Mental hospitals Bombay report 1929-33 - 1929-1933
Year: 1929
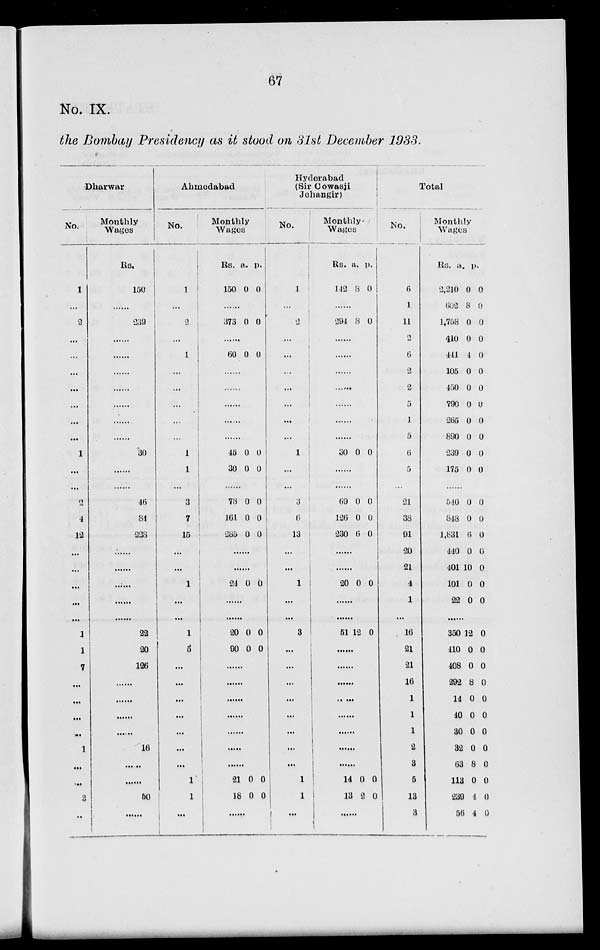
67
No. IX.
the Bombay Presidency as it stood on 31st December 1933.
Dharwar
No.
1
...
2
...
...
...
...
...
...
...
1
...
...
2
4
12
...
...
...
...
...
1
1
7
...
...
...
...
1
...
...
3
...
Monthly
Wages
Rs.
150
......
239
......
......
......
......
......
......
......
30
......
......
46
84
228
......
......
......
......
......
22
20
126
......
......
......
......
16
......
......
50
......
Ahmedabad
No.
1
...
2
...
1
...
...
...
...
...
1
1
...
3
7
15
...
...
1
...
...
1
5
...
...
...
...
...
...
...
1
1
...
Monthly
Wages
Rs.
150
a.
0
p.
0
......
373 0 0
......
60 0 0
......
......
......
......
......
45
30
0
0
0
0
......
78
161
285
0
0
0
0
0
0
......
......
24 0 0
......
......
20
90
0
0
0
0
......
......
......
......
......
......
......
21
18
0
0
0
0
Hyderabad
(Sir Cowasji
Jehangir)
No.
1
...
2
...
...
...
...
...
...
...
1
...
...
3
6
13
...
...
1
...
...
3
...
...
...
...
...
...
...
...
1
1
...
Monthly
Wages
Rs.
142
a.
8
p.
0
......
294 8 0
......
......
......
......
......
......
......
30 0 0
......
......
69
126
230
0
0
6
0
0
0
......
......
20 0 0
......
......
51 12 0
......
......
......
......
......
......
......
......
14
13
0
2
0
0
......
Total
No.
6
1
11
2
6
2
2
5
1
5
6
5
...
21
38
91
20
21
4
1
...
16
21
21
16
1
1
1
2
3
5
13
3
Monthly
Wages
Rs.
2,210
602
1,758
410
441
105
450
790
265
890
239
175
a.
0
8
0
0
4
0
0
0
0
0
0
0
p.
0
0
0
0
0
0
0
0
0
0
0
0
......
540
848
1,831
440
401
101
22
0
0
6
0
10
0
0
0
0
0
0
0
0
0
......
350
410
408
292
14
40
30
32
63
113
239
56
12
0
0
8
0
0
0
0
8
0
4
4
0
0
0
0
0
0
0
0
0
0
0
0